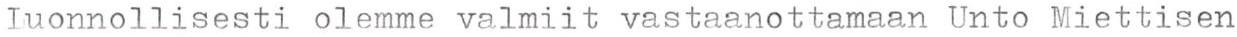
Luonnollisesti olemme valmiit vastaanottamaan Unto Miettisen